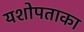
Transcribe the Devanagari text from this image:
यशोपताका